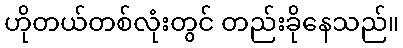
ဟိုတယ်တစ်လုံးတွင် တည်းခိုနေသည်။